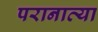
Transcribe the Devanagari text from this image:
परानाव्या